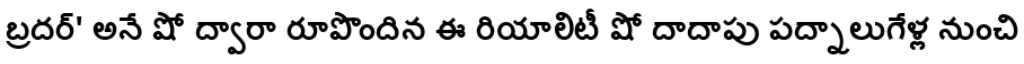
బ్రదర్' అనే షో ద్వారా రూపొందిన ఈ రియాలిటీ షో దాదాపు పద్నాలుగేళ్ల నుంచి